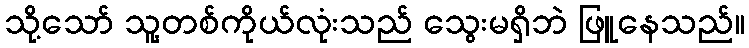
သို့သော် သူ့တစ်ကိုယ်လုံးသည် သွေးမရှိဘဲ ဖြူနေသည်။